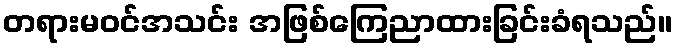
တရားမဝင်အသင်း အဖြစ်ကြေညာထားခြင်းခံရသည်။